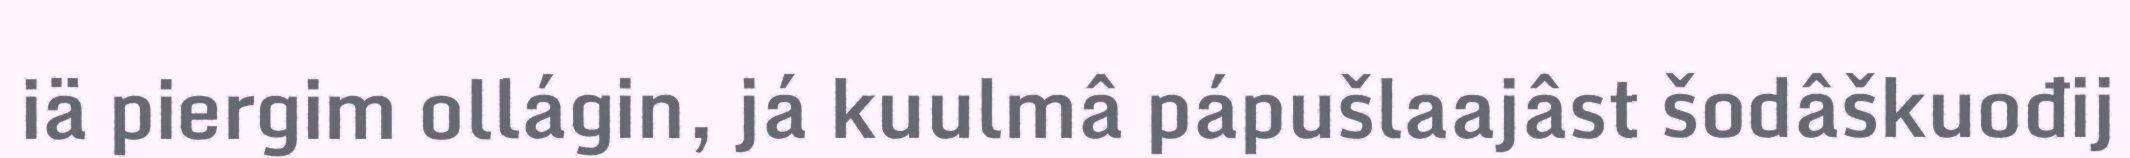
iä piergim ollágin, já kuulmâ pápušlaajâst šodâškuođij